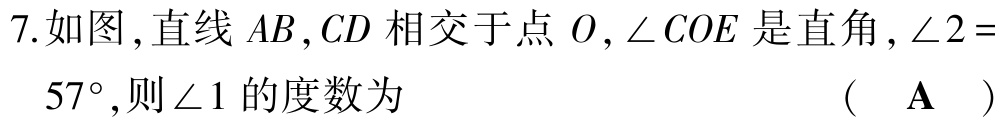
7.如图，直线 \(AB,CD\) 相交于点 \(O,\angle COE\) 是直角，\(\angle 2 = 57^{\circ}\)，则\(\angle 1\)的度数为 （ \(\mathbf{A}\) ）